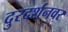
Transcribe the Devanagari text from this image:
दुरदर्शनवर